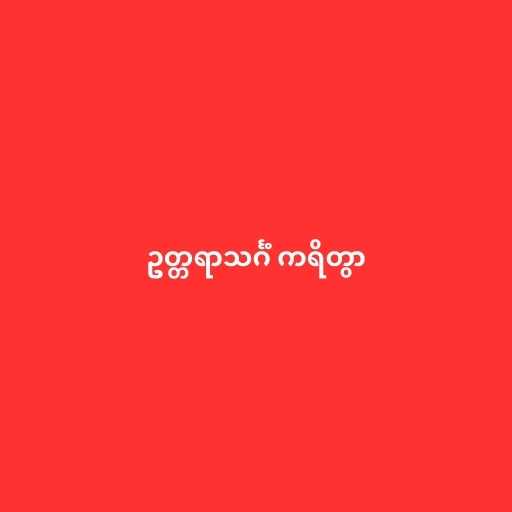
ဥတ္တရာသင်္ဂံ ကရိတွာ